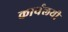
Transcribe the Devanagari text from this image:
कार्यलयी